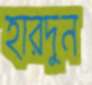
হারদুন